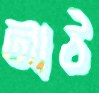
নাঠ